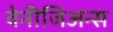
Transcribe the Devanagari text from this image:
वेनीजिअन्स